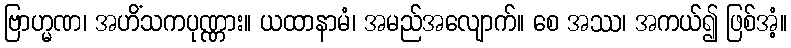
ဗြာဟ္မဏ၊ အဟိံသကပုဏ္ဏား။ ယထာနာမံ၊ အမည်အလျောက်။ စေ အဿ၊ အကယ်၍ ဖြစ်အံ့။